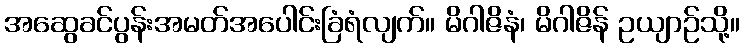
အဆွေခင်ပွန်းအမတ်အပေါင်းခြံရံလျက်။ မိဂါဇိနံ၊ မိဂါဇိန် ဥယျာဉ်သို့။